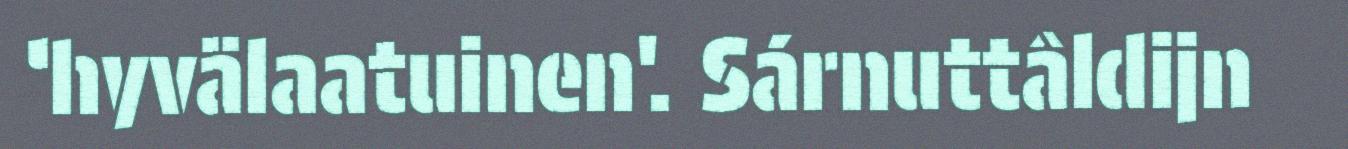
‘hyvälaatuinen'. Sárnuttâldijn